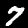
Label: 7